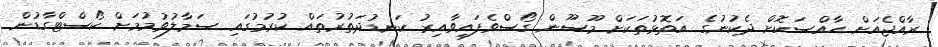
ރާއްޖެއަށް ހާއްސަކޮށް ދެކުނުގެ އަތޮޅުތަކަށް މޫސޫން ގޯސްވެފައިވާއިރު ކަނޑުދަތުރުތައް ކުރުމުގައި ސަމާލުވުމުމަށް ކޯސްޓްގާޑުން